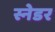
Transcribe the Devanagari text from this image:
स्नेडर